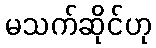
မသက်ဆိုင်ဟု